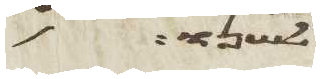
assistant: לשנו